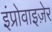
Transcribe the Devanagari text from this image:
इंप्रोवाइज़ेर